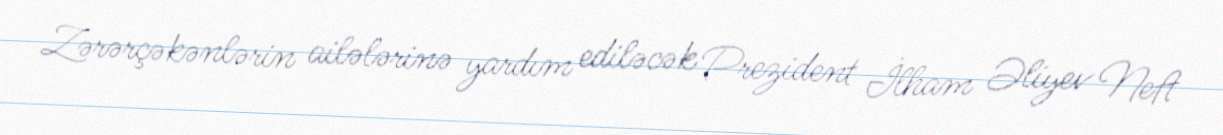
Zərərçəkənlərin ailələrinə yardım ediləcək Prezident İlham Əliyev Neft